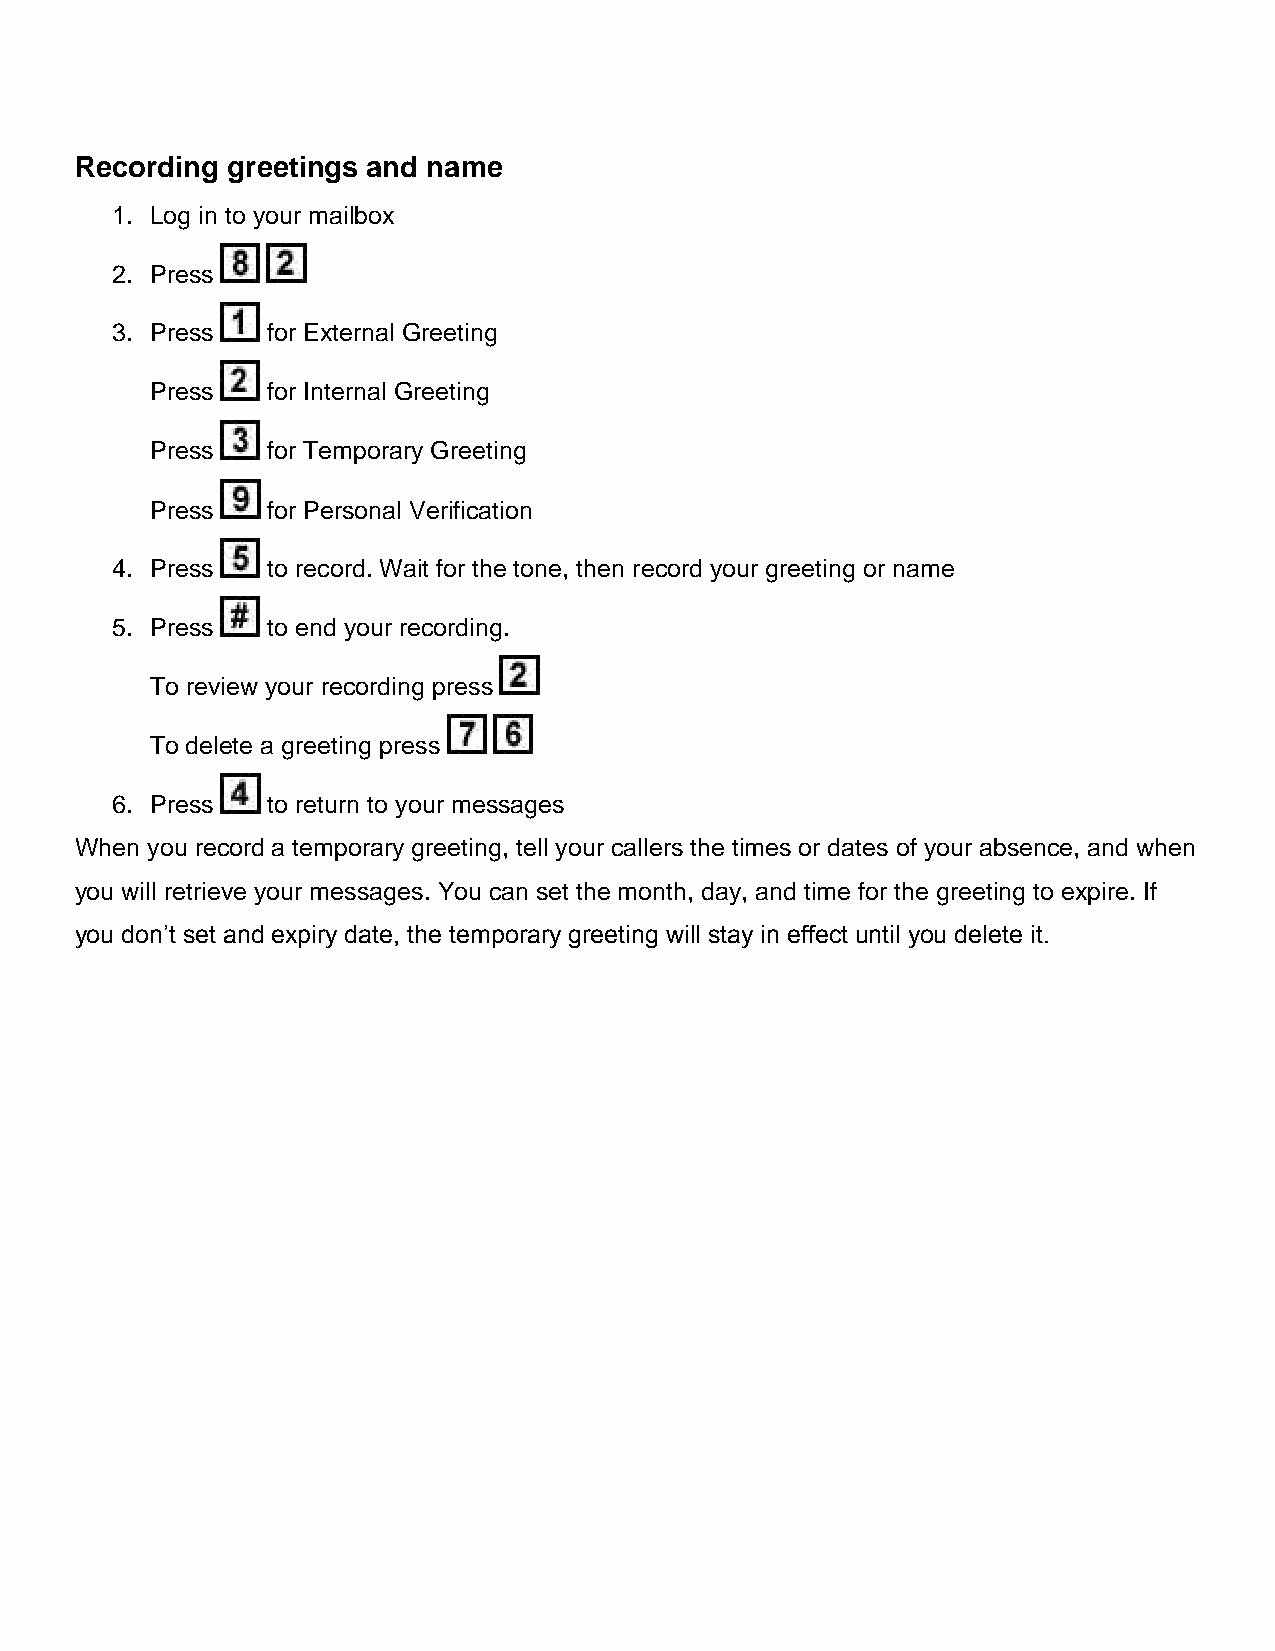
Recording greetings and name
 1. Log in to your mailbox
 2. Press
 3. Press   for External Greeting
 Press   for Internal Greeting
 Press   for Temporary Greeting
 Press   for Personal Verification
 4. Press   to record. Wait for the tone, then record your greeting or name
 5. Press   to end your recording.
 To review your recording press
 To delete a greeting press
 6. Press   to return to your messages
 When you record a temporary greeting, tell your callers the times or dates of your absence, and when
 you will retrieve your messages. You can set the month, day, and time for the greeting to expire. If
 you don’t set and expiry date, the temporary greeting will stay in effect until you delete it.